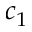
c _ { 1 }